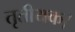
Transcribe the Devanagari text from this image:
तृतीयक।